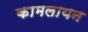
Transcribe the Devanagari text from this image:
कामलायन